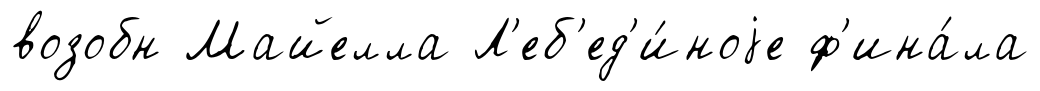
возобн Майелла Л'еб'ед'и́ноjе ф'ина́ла